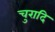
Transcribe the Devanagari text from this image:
चुरादि